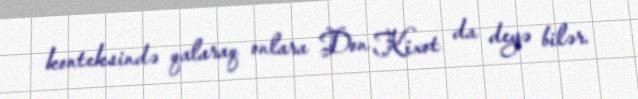
konteksində qalaraq onlara Don Kixot da deyə bilər.